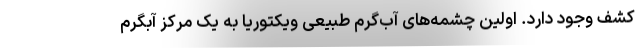
کشف وجود دارد. اولین چشمه‌های آب‌گرم طبیعی ویکتوریا به یک مرکز آبگرم